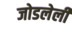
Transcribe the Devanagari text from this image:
जोडलेलीं